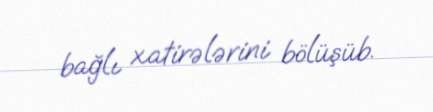
bağlı xatirələrini bölüşüb.